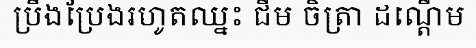
ប្រឹងប្រែងរហូតឈ្នះ ជីម ចិត្រា ដណ្តើម